Scottish Leaving Certificate Examination, 1953
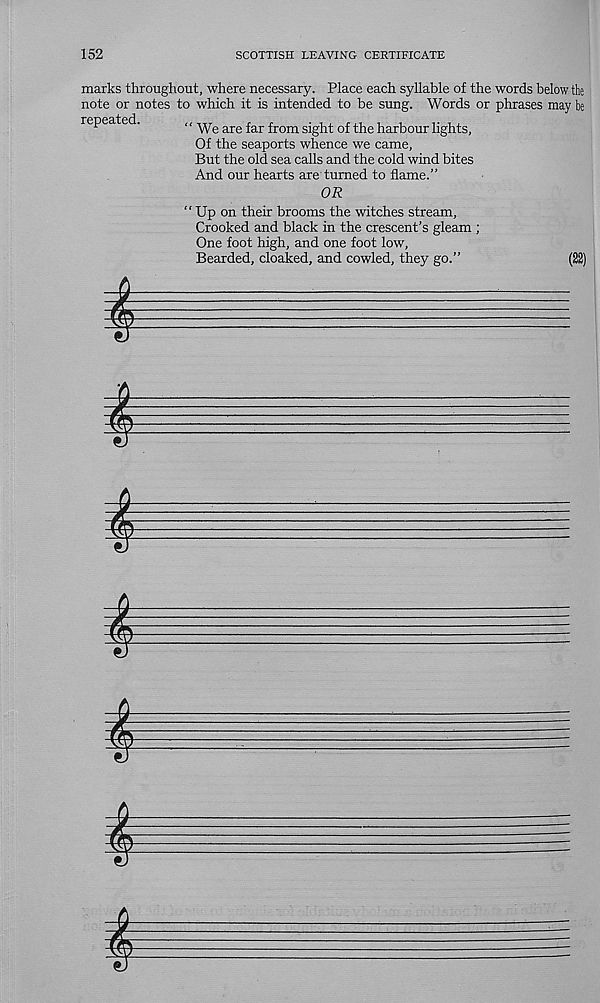
152
SCOTTISH LEAVING CERTIFICATE
marks throughout, where necessary. Place each syllable of the words below the
note or notes to which it is intended to be sung. Words or phrases may be
repeated.
“We are far from sight of the harbour lights,
Of the seaports whence we came,
But the old sea calls and the cold wind bites
And our hearts are turned to flame.”
OR
“ Up on their brooms the witches stream.
Crooked and black in the crescent’s gleam ;
One foot high, and one foot low,
Bearded, cloaked, and cowled, they go.”
(22)